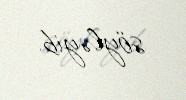
söyləyib.